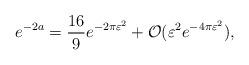
LaTeX: \begin{align*}e^{-2a} = \frac{16}{9} e^{-2\pi\varepsilon^2} + \mathcal{O}(\varepsilon^2 e^{-4 \pi \varepsilon^2}),\end{align*}